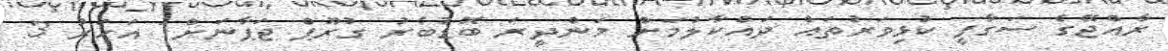
ރާއްޖޭގެ ސަގާފީ ކުޅިވަރުތައް ދައްކާލުމަށް މަންދީރަ ބޮޑުބެރު ގުރޫޕް ޖަޕާނަށް1 އަހަރު 3